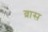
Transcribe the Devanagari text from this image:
व्रास